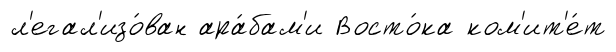
л'егал'изо́ван ара́бам'и Восто́ка ком'ит'е́т